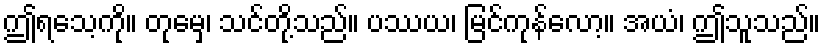
ဤရသေ့ကို။ တုမှေ၊ သင်တို့သည်။ ပဿယ၊ မြင်ကုန်လော့။ အယံ၊ ဤသူသည်။